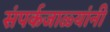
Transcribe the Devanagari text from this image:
संपर्कजाळ्यांनी